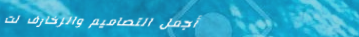
أجمل التصاميم والزخارف لت